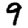
Digit: 9